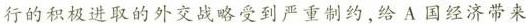
行的积极进取的外交战略受到严重制约，给A国经济带来